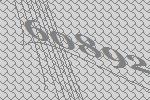
60892